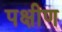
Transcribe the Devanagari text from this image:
पक्षीण